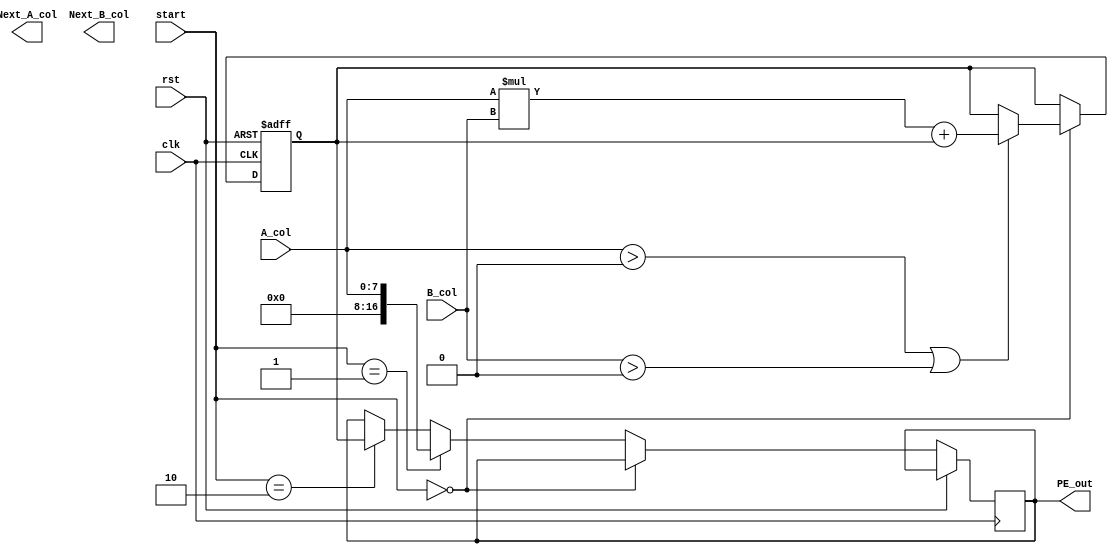
module pe#(parameter DATAWIDTH = 8)
(
	input clk,
	input rst,
    input [1:0] start,
	input  [DATAWIDTH - 1 : 0] A_col,
	input  [DATAWIDTH - 1 : 0] B_col,
	output [DATAWIDTH - 1 : 0] Next_A_col,
	output [DATAWIDTH - 1 : 0] Next_B_col,
	output reg [DATAWIDTH * 2  : 0] PE_out
);

    reg [DATAWIDTH - 1 : 0] Next_A_reg;
    reg [DATAWIDTH - 1 : 0] Next_B_reg;
    reg  [DATAWIDTH * 2  : 0] PE_reg;
//    wire [DATAWIDTH * 2 : 0] PE_net;

//    mult_add#(.DATAWIDTH(DATAWIDTH)) multadd(.A(A_col), .B(B_col), .C(PE_reg), .P(PE_net));

    always@(posedge clk, posedge rst) begin
	    if (rst) begin
		    Next_A_reg <= 0;
		    Next_B_reg <= 0;
		    PE_reg <= 0;	
	    end else begin
            if (start == 2'b00) begin 
                if (A_col > 0 || B_col > 0) begin
                    PE_reg <= (A_col * B_col) + PE_reg;
                end
		        Next_A_reg <= A_col;
		        Next_B_reg <= B_col;
            end else if (start == 2'b01) begin
		        PE_out <= A_col;
            end else if (start == 2'b10) begin
		        PE_out <= PE_reg;
            end  
	    end
    end
endmodule